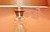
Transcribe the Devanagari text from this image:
ढळे